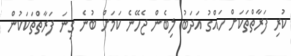
ކުރި ފަރާތްތަކަށް ހައްގު އަދަބު ލިބެން ޖެހޭނެ ކަމަށް ބުނެ ގިނަ ފަރާތްތަކަކުން